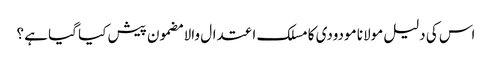
اس کی دلیل مولانا مودودی کا مسلک اعتدال والا مضمون پیش کیا گیا ہے ؟